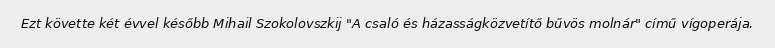
Ezt követte két évvel később Mihail Szokolovszkij "A csaló és házasságközvetítő bűvös molnár" című vígoperája.